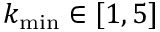
k _ { \operatorname* { m i n } } \in [ 1 , 5 ]